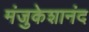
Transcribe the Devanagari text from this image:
मंजुकेशानंद